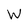
Character: W